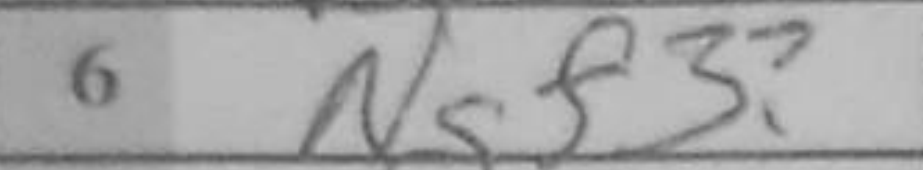
Transcription: Ngf3